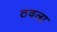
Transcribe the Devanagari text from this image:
ठवला